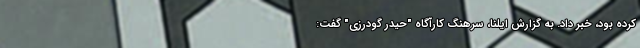
کرده بود، خبر داد. به گزارش ایلنا، سرهنگ کارآگاه "حیدر گودرزی" گفت: